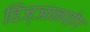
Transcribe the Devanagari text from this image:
विज्ञानयोग